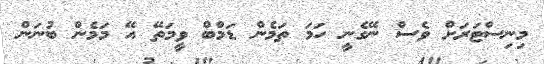
މިނިސްޓަރަށް ވެސް ނޭގެނީ ހަމަ ތަމެން ޑަމްބް ވީމަތޭ އޭ މަމެން ބުނަން